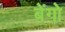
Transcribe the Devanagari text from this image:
बेंगो